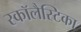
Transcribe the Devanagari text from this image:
स्कॉलैस्टिका